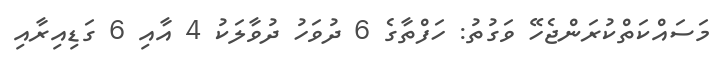
މަސައްކަތްކުރަންޖެހޭ ވަގުތު: ހަފްތާގެ 6 ދުވަހު ދުވާލަކު 4 އާއި 6 ގަޑިއިރާއި